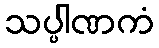
သပ္ပါဏကံ